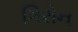
ગિરોન